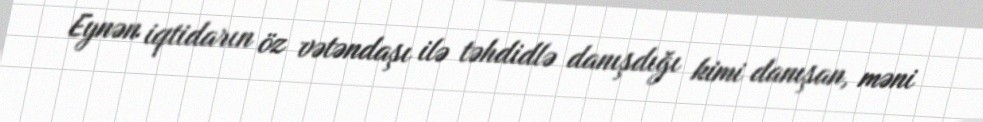
Eynən iqtidarın öz vətəndaşı ilə təhdidlə danışdığı kimi danışan, məni